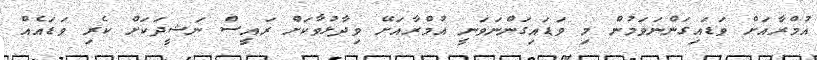
އުމްރާއަށް ވަޑައިގަންނަވަމުން މި ވަޑައިގަންނަވަނީ އުމްރާއަށޭ ވިދާޅުވާކަށް ރައީސް ނަޝީދަކަށް ކެރި ވަޑައެއް